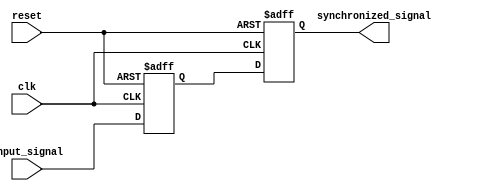
module two_flop_synchronizer (
    input wire clk,
    input wire reset,
    input wire input_signal,
    output reg synchronized_signal
);

reg first_flip_flop;
reg second_flip_flop;

// First flip-flop captures input signal
always @(posedge clk or posedge reset) begin
    if (reset) begin
        first_flip_flop <= 1'b0;
    end else begin
        first_flip_flop <= input_signal;
    end
end

// Second flip-flop registers output of first flip-flop
always @(posedge clk or posedge reset) begin
    if (reset) begin
        second_flip_flop <= 1'b0;
    end else begin
        second_flip_flop <= first_flip_flop;
    end
end

// Synchronized signal
assign synchronized_signal = second_flip_flop;

endmodule